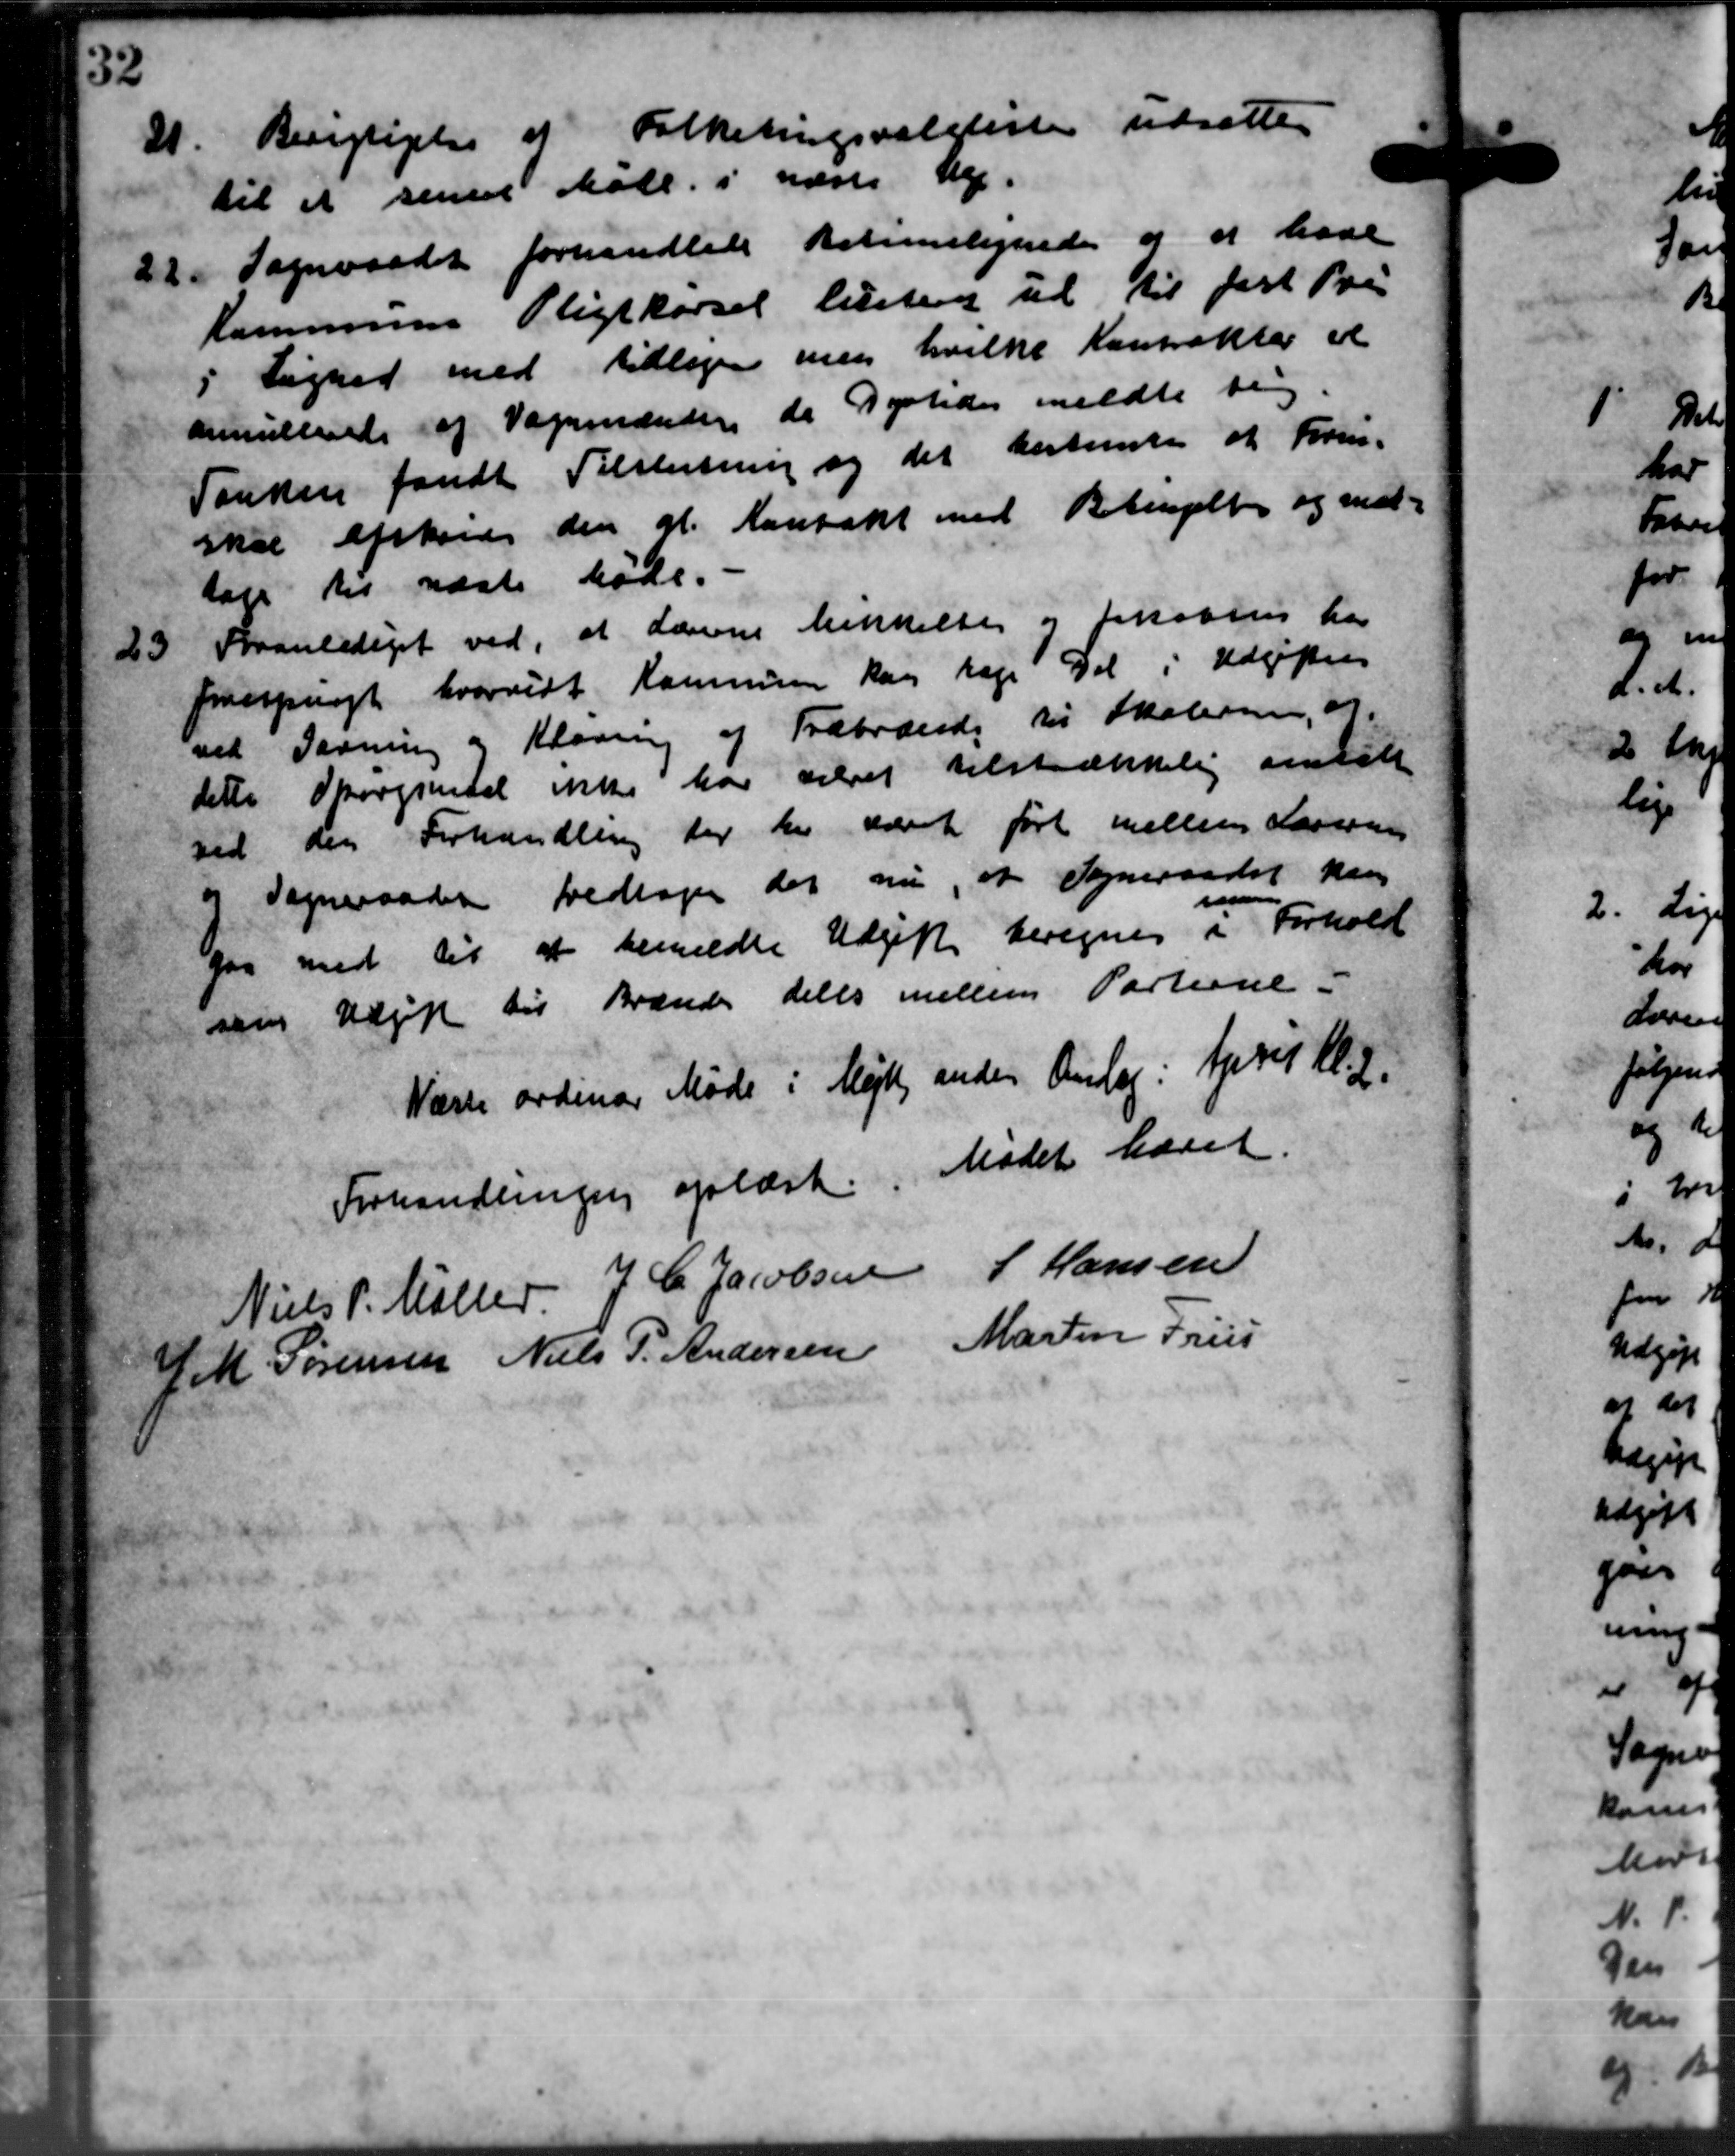
Transskription:
21.
Berigtigelse af Folketingsvalglister udsættes
til at senere Matr. i næste Vej.
22.
Sogneraadet forhandlede Betimelignede og at have
Kommunens Pligtkørsel tilster til til fast Pri
5 Lighed med tidliger men hvilke Kontrakter et
annulleret af Vognmænden de Dystedes meldte sig.
Tanken fandt Tilslutning og det bestemte at Fore-
skal afskede den gl. Kontakt med Betingelse og med-
tage til næste Møde.
23
Branlediget ved, at Lærerne Mikkelte og Jakobsen hos
forespurgt hvorvidt Kommunen kan tage Del i Udgifter
ved Gavning og Klaring af Træbrænde til Skolerne, at
dette Skovgrendel ikke har været tilstrækkelig antalt
ved den Forhandling der her været ført mellem Larsens
Sogneraadet vedtoges der nu, at Sogneraadet kan
"
gaa med til at bemeldte Udgift beregnes i Forhold
sem Udgift til Brænde deles mellem Partene.
Næste ordinær Møde i Mejlby anden Anlæg i April Kl. 2.
Forhandlingen oplæst. Mødet hævet.
Niels P. Møller
J. C. Jacobsen
J Hansen
J M. Sørensen
Niels P. Andersen
Martin Friis